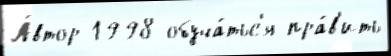
А́втор 1998 обуча́тьс'я пра́в'ить